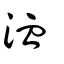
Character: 洫